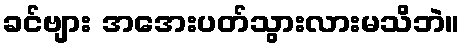
ခင်ဗျား အအေးပတ်သွားလားမသိဘဲ။